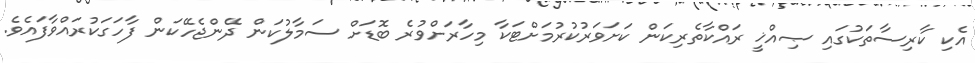
އެކި ކާރިސާތަކުގައި ޞިއްޚީ ރައްކާތެރިކަން ކަށަވަރުކުރުމަށްޓަކާ މިހާރަށްވުރެ ބޮޑަށް ސަމާލުކަން ދޭންޖެހޭކަން ފާހަގަކުރައްވާފައެވެ.